画像に写った文字を読んでください
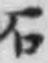
「石」と書いてあります